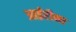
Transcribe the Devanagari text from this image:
आईरीना